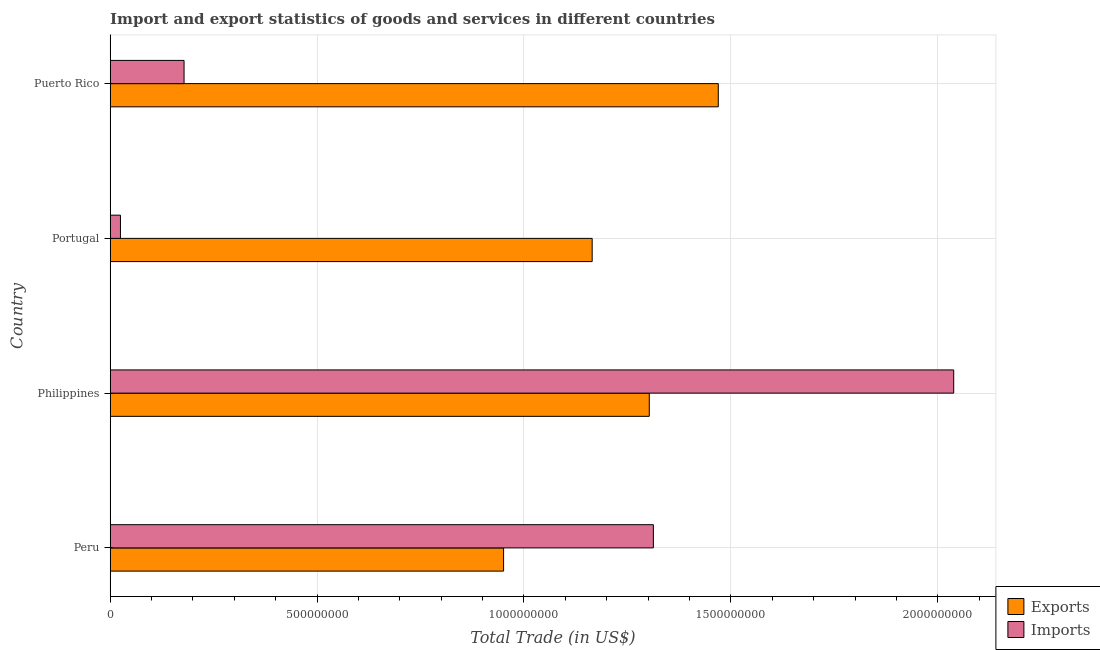
| Country | Exports | Imports |
 | --- | --- | --- |
 | Peru | 9.51e+08 | 1.31e+09 |
 | Philippines | 1.3e+09 | 2.04e+09 |
 | Portugal | 1.16e+09 | 2.49e+07 |
 | Puerto Rico | 1.47e+09 | 1.79e+08 |